Report of the Indian Hemp Drugs Commission, 1894-1895 - Volume I
Year: 1894
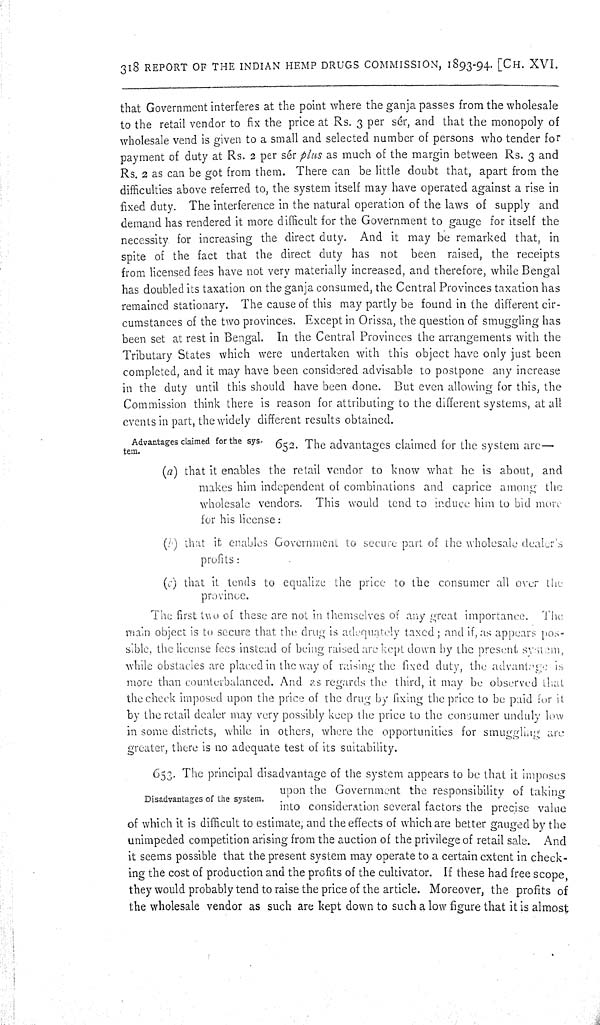
318 REPORT OF THE INDIAN HEMP DRUGS COMMISSION, 1893-94. [CH. XVI.
that Government interferes at the point where the ganja passes from the wholesale
to the retail vendor to fix the price at Rs. 3 per sér, and that the monopoly of
wholesale vend is given to a small and selected number of persons who tender for
payment of duty at Rs. 2 per sér plus as much of the margin between Rs. 3 and
Rs. 2 as can be got from them. There can be little doubt that, apart from the
difficulties above referred to, the system itself may have operated against a rise in
fixed duty. The interference in the natural operation of the laws of supply and
demand has rendered it more difficult for the Government to gauge for itself the
necessity for increasing the direct duty. And it may be remarked that, in
spite of the fact that the direct duty has not been raised, the receipts
from licensed fees have not very materially increased, and therefore, while Bengal
has doubled its taxation on the ganja consumed, the Central Provinces taxation has
remained stationary. The cause of this may partly be found in the different cir-
cumstances of the two provinces. Except in Orissa, the question of smuggling has
been set at rest in Bengal. In the Central Provinces the arrangements with the
Tributary States which were undertaken with this object have only just been
completed, and it may have been considered advisable to postpone any increase
in the duty until this should have been done. But even allowing for this, the
Commission think there is reason for attributing to the different systems, at all
events in part, the widely different results obtained.
Advantages claimed for the sys-
tem.
652. The advantages claimed for the system are—
(a) that it enables the retail vendor to know what he is about, and
makes him independent of combinations and caprice among the
wholesale vendors. This would tend to induce him to bid more
for his license:
(b) that it enables Government to secure part of the wholesale dealer's
profits:
(c) that it tends to equalize the price to the consumer all over the
province.
The first two of these are not in themselves of any great importance. The
main object is to secure that the drug is adequately taxed; and if, as appears pos-
sible, the license fees instead of being raised are kept down by the present system,
while obstacles are placed in the way of raising the fixed duty, the advantage is
more than counterbalanced. And as regards the third, it may be observed that
the check imposed upon the price of the drug by fixing the price to be paid for it
by the retail dealer may very possibly keep the price to the consumer unduly low
in some districts, while in others, where the opportunities for smuggling are
greater, there is no adequate test of its suitability.
Disadvantages of the system.
653. The principal disadvantage of the system appears to be that it imposes
upon the Government the responsibility of taking
into consideration several factors the precise value
of which it is difficult to estimate; and the effects of which are better gauged by the
unimpeded competition arising from the auction of the privilege of retail sale. And
it seems possible that the present system may operate to a certain extent in check-
ing the cost of production and the profits of the cultivator. If these had free scope,
they would probably tend to raise the price of the article. Moreover, the profits of
the wholesale vendor as such are kept down to such a low figure that it is almost